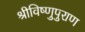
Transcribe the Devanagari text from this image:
श्रीविष्णुपुराण